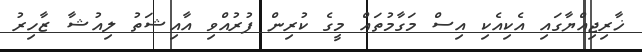
ޚާރިޖިއްޔާގައި އެކިއެކި އިސް މަގާމުތައް މީގެ ކުރިން ފުރުއްވި އާއިޝަތު ލިއުޝާ ޒާހިރު